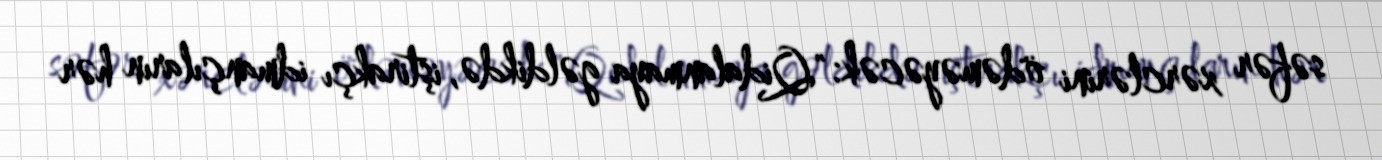
səfər xərclərini ödəməyəcək: "Qidalanmaya gəldikdə, iştirakçı idmançıların hər